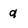
Character: q